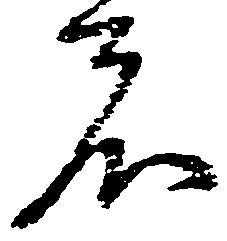
者